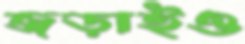
জড়াইও